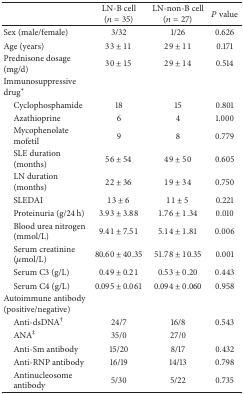
<table><thead><tr><td><b> </b></td><td><b>LN-B cell(<i>n</i> = 35)</b></td><td><b>LN-non-B cell(<i>n</i> = 27)</b></td><td><b><i>P</i> value</b></td></tr></thead><tbody><tr><td>Sex (male/female)</td><td>3/32</td><td>1/26</td><td>0.626</td></tr><tr><td>Age (years)</td><td>33 ± 11</td><td>29 ± 11</td><td>0.171</td></tr><tr><td>Prednisone dosage (mg/d)</td><td>30 ± 15</td><td>29 ± 14</td><td>0.514</td></tr><tr><td>Immunosuppressive drug*</td><td> </td><td> </td><td> </td></tr><tr><td> Cyclophosphamide </td><td>18</td><td>15</td><td>0.801</td></tr><tr><td> Azathioprine</td><td>6</td><td>4</td><td>1.000</td></tr><tr><td> Mycophenolate mofetil</td><td>9</td><td>8</td><td>0.779</td></tr><tr><td> SLE duration (months)</td><td>56 ± 54</td><td>49 ± 50</td><td>0.605</td></tr><tr><td> LN duration (months)</td><td>22 ± 36</td><td>19 ± 34</td><td>0.750</td></tr><tr><td> SLEDAI</td><td>13 ± 6</td><td>11 ± 5</td><td>0.221</td></tr><tr><td> Proteinuria (g/24 h)</td><td>3.93 ± 3.88</td><td>1.76 ± 1.34</td><td>0.010</td></tr><tr><td> Blood urea nitrogen (mmol/L)</td><td>9.41 ± 7.51</td><td>5.14 ± 1.81</td><td>0.006</td></tr><tr><td> Serum creatinine (<i>μ</i>mol/L)</td><td>80.60 ± 40.35</td><td>51.78 ± 10.35</td><td>0.001</td></tr><tr><td> Serum C3 (g/L)</td><td>0.49 ± 0.21</td><td>0.53 ± 0.20</td><td>0.443</td></tr><tr><td> Serum C4 (g/L)</td><td>0.095 ± 0.061</td><td>0.094 ± 0.060</td><td>0.958</td></tr><tr><td>Autoimmune antibody (positive/negative)</td><td> </td><td> </td><td> </td></tr><tr><td> Anti-dsDNA<sup>†</sup></td><td>24/7</td><td>16/8</td><td>0.543</td></tr><tr><td> ANA<sup>‡</sup></td><td>35/0</td><td>27/0</td><td> </td></tr><tr><td> Anti-Sm antibody </td><td>15/20</td><td>8/17</td><td>0.432</td></tr><tr><td> Anti-RNP antibody </td><td>16/19</td><td>14/13</td><td>0.798</td></tr><tr><td> Antinucleosome antibody</td><td>5/30</td><td>5/22</td><td>0.735</td></tr></tbody></table>